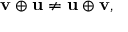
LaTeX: \mathbf { v } \oplus \mathbf { u } \neq \mathbf { u } \oplus \mathbf { v } ,